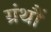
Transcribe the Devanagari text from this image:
ग्रंथौं